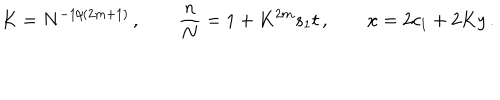
LaTeX: K = N ^ { - 1 / ( 2 m + 1 ) } \, , \qquad \frac { n } { N } = 1 + K ^ { 2 m } s _ { 1 } t \, , \qquad x = 2 c _ { 1 } + 2 K y \, .